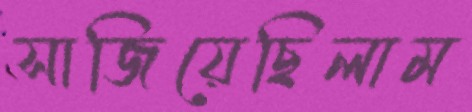
সাজিয়েছিলাম